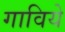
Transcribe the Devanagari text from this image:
गाविये